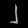
Digit: ၂